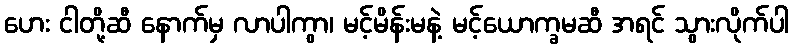
ဟေး ငါတို့ဆီ နောက်မှ လာပါကွာ၊ မင့်မိန်းမနဲ့ မင့်ယောက္ခမဆီ အရင် သွားလိုက်ပါ